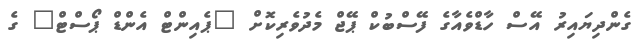
ގެންދިޔައިރު އޭސް ހާޑްވެއާގެ ފޭސްބުކް ޕޭޖް މެދުވެރިކޮށް "ޕެއިންޓް އެންޑް ޕޯސްޓް" ގެ